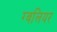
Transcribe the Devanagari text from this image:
ग्वलियर